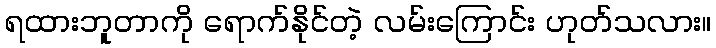
ရထားဘူတာကို ရောက်နိုင်တဲ့ လမ်းကြောင်း ဟုတ်သလား။